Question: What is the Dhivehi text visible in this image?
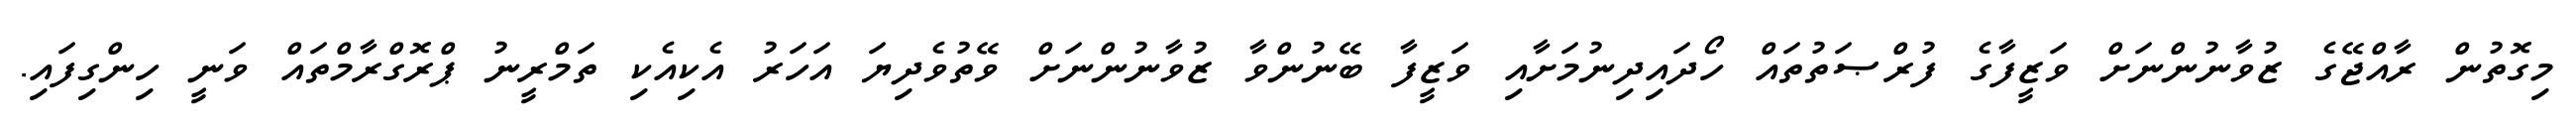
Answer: މިގޮތުން ރާއްޖޭގެ ޒުވާނުންނަށް ވަޒީފާގެ ފުރްޞަތުތައް ހޯދައިދިނުމަށާއި ވަޒީފާ ބޭނުންވާ ޒުވާނުންނަށް ވޭތުވެދިޔަ އަހަރު އެކިއެކި ތަމްރީނު ޕްރޮގްރާމްތައް ވަނީ ހިންގިފައި.